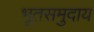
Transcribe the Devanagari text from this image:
भूतसमुदाय